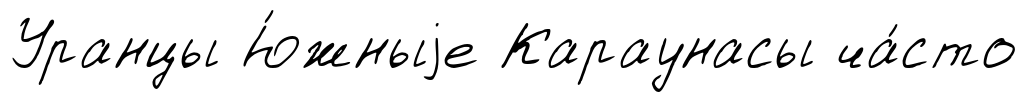
Уранцы Ю́жныjе Караунасы ча́сто